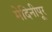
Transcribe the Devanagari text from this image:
मेदिनीपूर